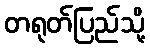
တရုတ်ပြည်သို့